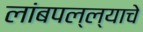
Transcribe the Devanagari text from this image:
लांबपल्ल्याचे